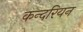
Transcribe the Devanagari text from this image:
कन्दरियन